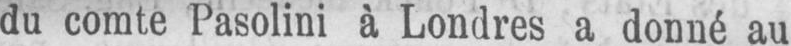
du comte Pasolini à Londres a donné au